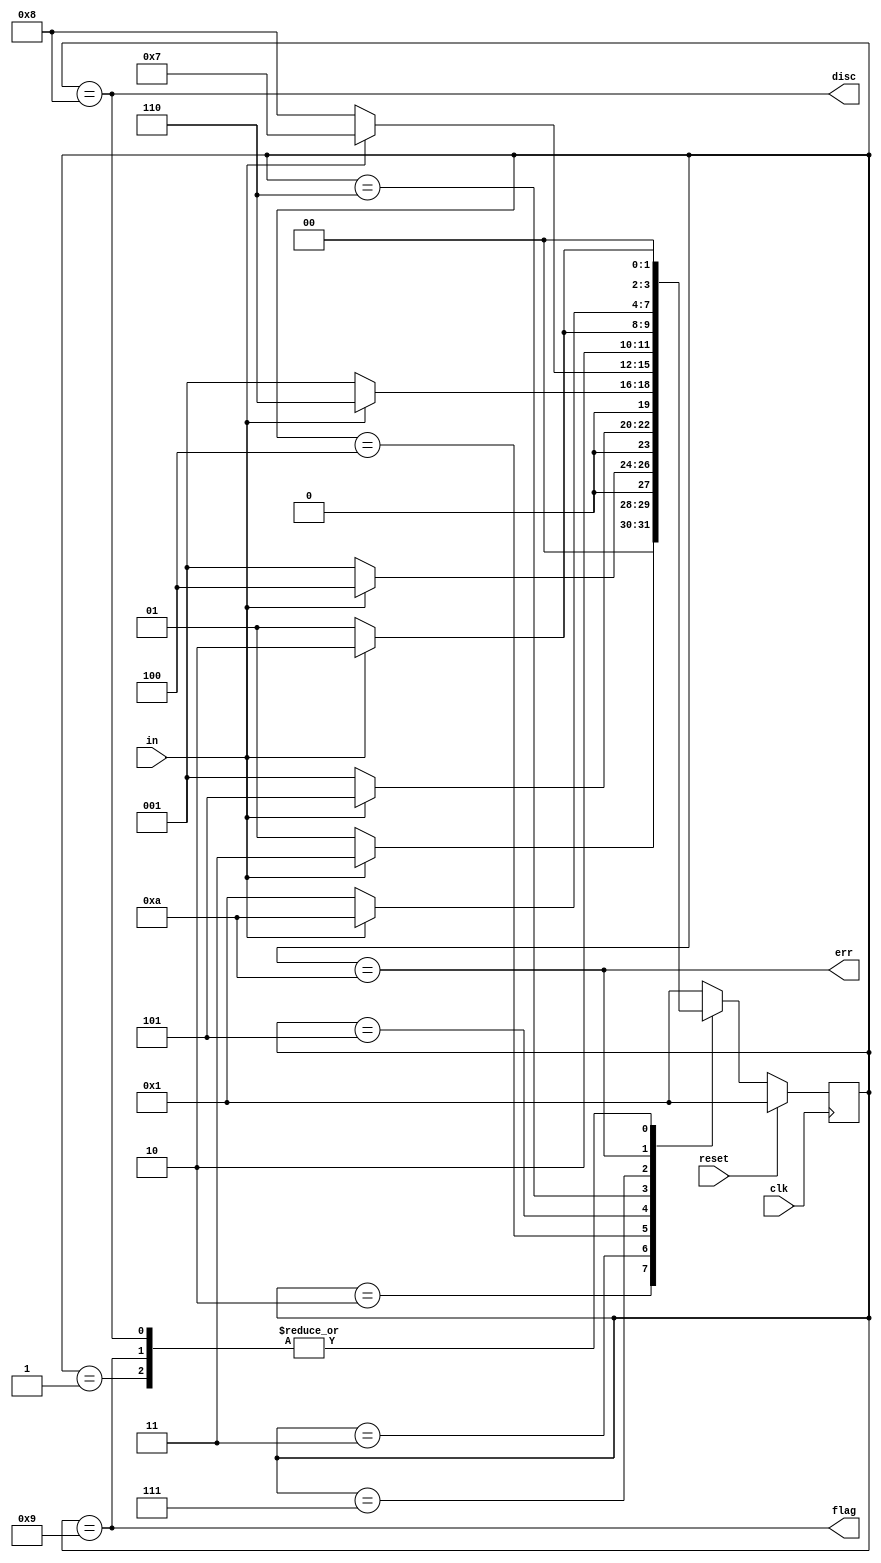
module top_module(
    input clk,
    input reset,    // Synchronous reset
    input in,
    output disc,
    output flag,
    output err);
    
  
//   
//   start0
//   recenn1
//   DISC\FLAG\ERROR
  
//   IDLE
//   IDLEin=0startin=1
//   STARTin=1IDLE,in=0
//   011IDLE IDLE->START->RECE1
//                     IDLE              START->START->RECE1
//   IDLE 
  
  
//  pamameter IDLE=0;
    parameter START=1,RECE1=2,RECE2=3,RECE3=4,RECE4=5,RECE5=6,RECE6=7,DISC=8,FLAG=9,ERROR=10;
    reg [3:0] state,next;
    
    always@(posedge clk)
        begin
            if(reset) state<=START;
            else      state<=next;
        end
    
    always@(*)
        begin
            case(state)
                //IDLE:  next = in?IDLE :START;
                START: next = in?RECE1:START;
                RECE1: next = in?RECE2:START;
                RECE2: next = in?RECE3:START;
                RECE3: next = in?RECE4:START;
                RECE4: next = in?RECE5:START;
                RECE5: next = in?RECE6:DISC;
                DISC:  next = in?RECE1:START;
                RECE6: next = in?ERROR:FLAG;
                ERROR: next = in?ERROR:START;
                FLAG:  next = in?RECE1:START;
                default: next = START;
            endcase
        end
    
    assign disc = (state==DISC);
    assign flag = (state==FLAG);
    assign err  = (state==ERROR);

endmodule